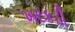
ખરકડી